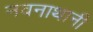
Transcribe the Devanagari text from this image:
नवनाथानी